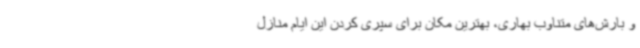
و بارش‌های متناوب بهاری، بهترین مکان برای سپری کردن این ایام منازل